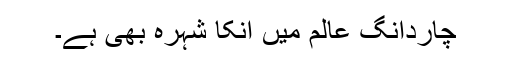
چاردانگِ عالم میں انکا شہرہ بھی ہے۔